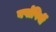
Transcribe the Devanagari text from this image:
वर्षापिर्वी